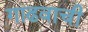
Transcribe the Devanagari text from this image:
गाढवाची